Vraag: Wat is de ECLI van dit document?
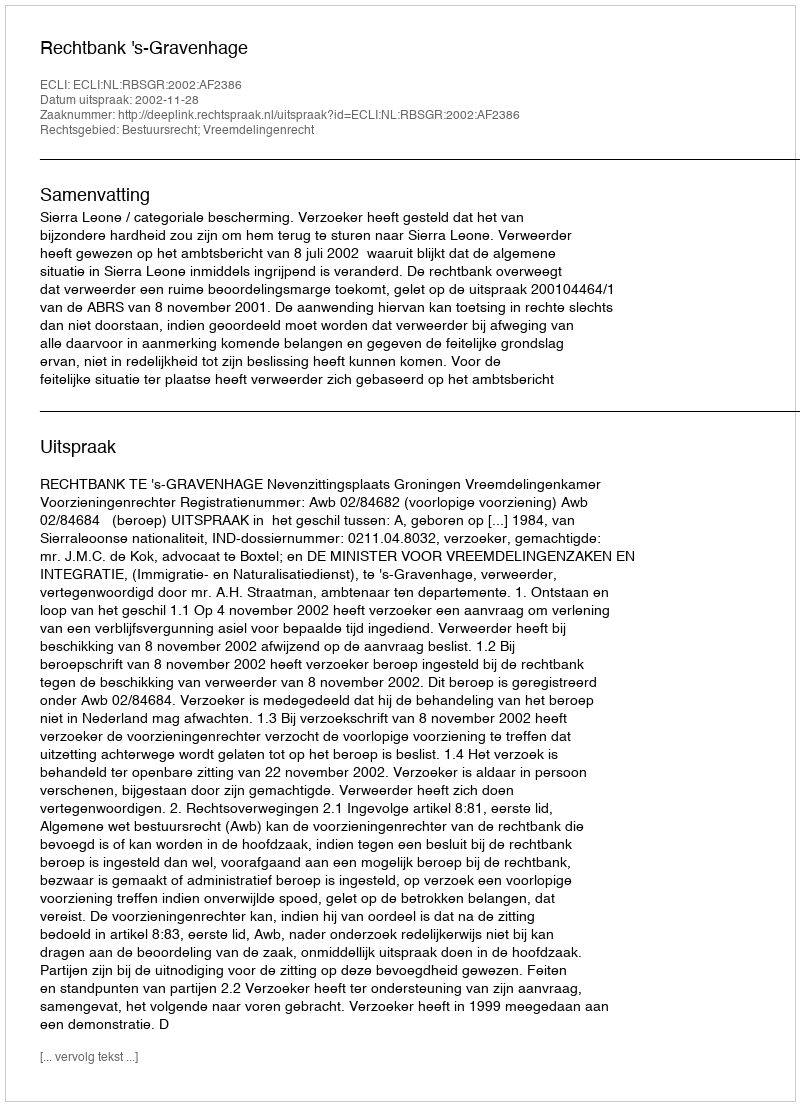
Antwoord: ECLI:NL:RBSGR:2002:AF2386